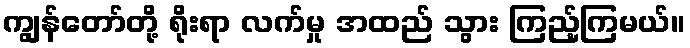
ကျွန်တော်တို့ ရိုးရာ လက်မှု အထည် သွား ကြည့်ကြမယ်။